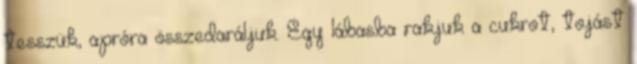
tesszük, apróra összedaráljuk. Egy lábasba rakjuk a cukrot, tojást